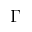
\Gamma